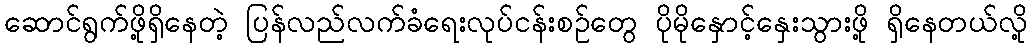
ဆောင်ရွက်ဖို့ရှိနေတဲ့ ပြန်လည်လက်ခံရေးလုပ်ငန်းစဉ်တွေ ပိုမိုနှောင့်နှေးသွားဖို့ ရှိနေတယ်လို့